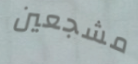
مشجعين